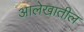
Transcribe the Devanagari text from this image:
आलेखातील